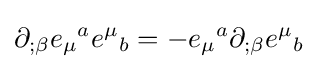
\partial _{;\beta }{e_{\mu }}^{a}{e^{\mu }}_{b}=-{e_{\mu }}^{a}\partial _{;\beta }{e^{\mu }}_{b}